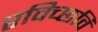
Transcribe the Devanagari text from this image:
रविच्छवि